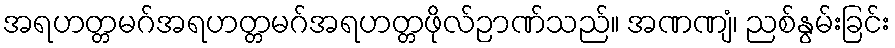
အရဟတ္တမဂ်အရဟတ္တမဂ်အရဟတ္တဖိုလ်ဉာဏ်သည်။ အဏဏျံ၊ ညစ်နွမ်းခြင်း